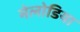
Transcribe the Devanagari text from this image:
मेलोडिया